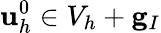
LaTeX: {\mathbf u}_{h}^{0}\in V_{h}+{\mathbf g}_{I}